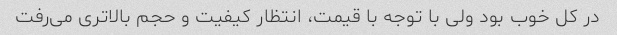
در کل خوب بود ولی با توجه با قیمت، انتظار کیفیت و حجم بالاتری می‌رفت